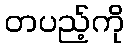
တပည့်ကို